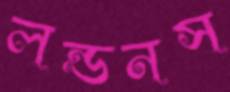
লন্ডনস